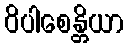
ဝိပါစေန္တိယာ